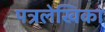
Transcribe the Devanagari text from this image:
पत्रलेखिका